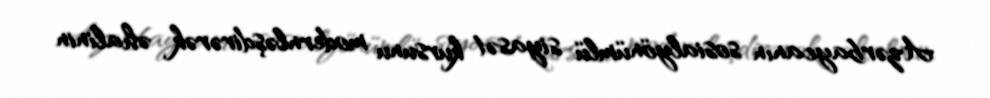
Azərbaycanın sosialyönümlü siyasət kursunu modernləşdirərək əhalinin